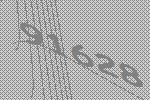
91628